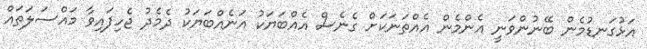
އަޅުގަނޑުމެން ބޭނުންވަނީ އެންމެން އެއްތަނަކަށް ގެނެސް އެއްބަޔަކު އަނެއްބަޔަކު ދެމެދު ޖެހިފައިވާ މައްސަލަތައް